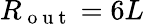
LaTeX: R_{\mathrm{~o~u~t~}}=6L